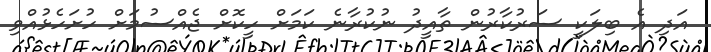
އަދި އެ ބިލަކީ ސަރުކާރުން ތާއީދު ނުކުރާނެ ކަމަށް ހީކޮށް ޖެއްސުމަށް ހުށަހެޅުއްވި